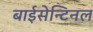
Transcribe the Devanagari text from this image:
बाईसेन्टिनल